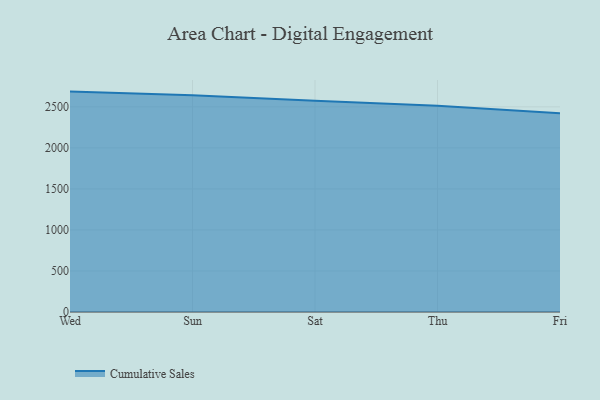
{"axis": {"x": "Day", "y": "Gross Profit (USD K)"}, "legend": ["Cumulative Sales"], "data": [{"x": "Wed", "y": 2686.1, "type": "Cumulative Sales"}, {"x": "Sun", "y": 2640.1, "type": "Cumulative Sales"}, {"x": "Sat", "y": 2575.6, "type": "Cumulative Sales"}, {"x": "Thu", "y": 2513.3, "type": "Cumulative Sales"}, {"x": "Fri", "y": 2421.4, "type": "Cumulative Sales"}]}